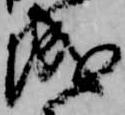
城